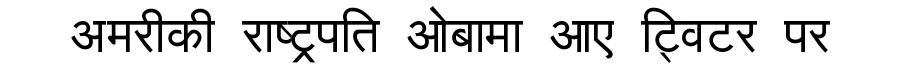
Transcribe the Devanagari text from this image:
अमरीकी राष्ट्रपति ओबामा आए ट्विटर पर